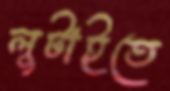
লুটাইতে